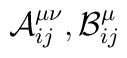
{\cal {A}}_{ij}^{\mu \nu },{\cal {B}}_{ij}^{\mu }